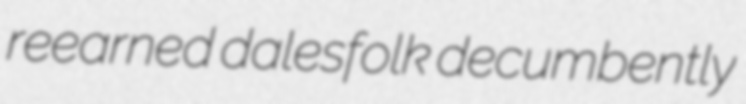
reearned dalesfolk decumbently